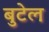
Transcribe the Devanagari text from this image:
बुटेल